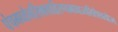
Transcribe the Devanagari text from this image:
पंचगव्येनसिक्त्वाहिरण्यमध्वाज्यतिलैश्चयोज्य